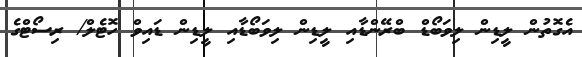
އެގޮތުން ލީޑިން ލިވަބޯޑް ބްރޭންޑާއި ލީޑިން ލިވަބޯޑާއި ލީޑިން ޑައިވް ހޮޓެލް/ ރިސޯޓްގެ